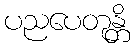
ပညပေတုန္တိ